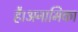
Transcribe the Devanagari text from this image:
है।अनामिका